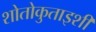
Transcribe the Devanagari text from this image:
शोतोकुताइशी